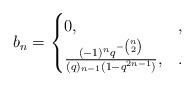
LaTeX: \begin{align*} b_n = \begin{cases}0, &,\\\frac{(-1)^nq^{-\binom{n}{2}}}{(q)_{n-1}(1-q^{2n-1})}, &.\end{cases}\end{align*}